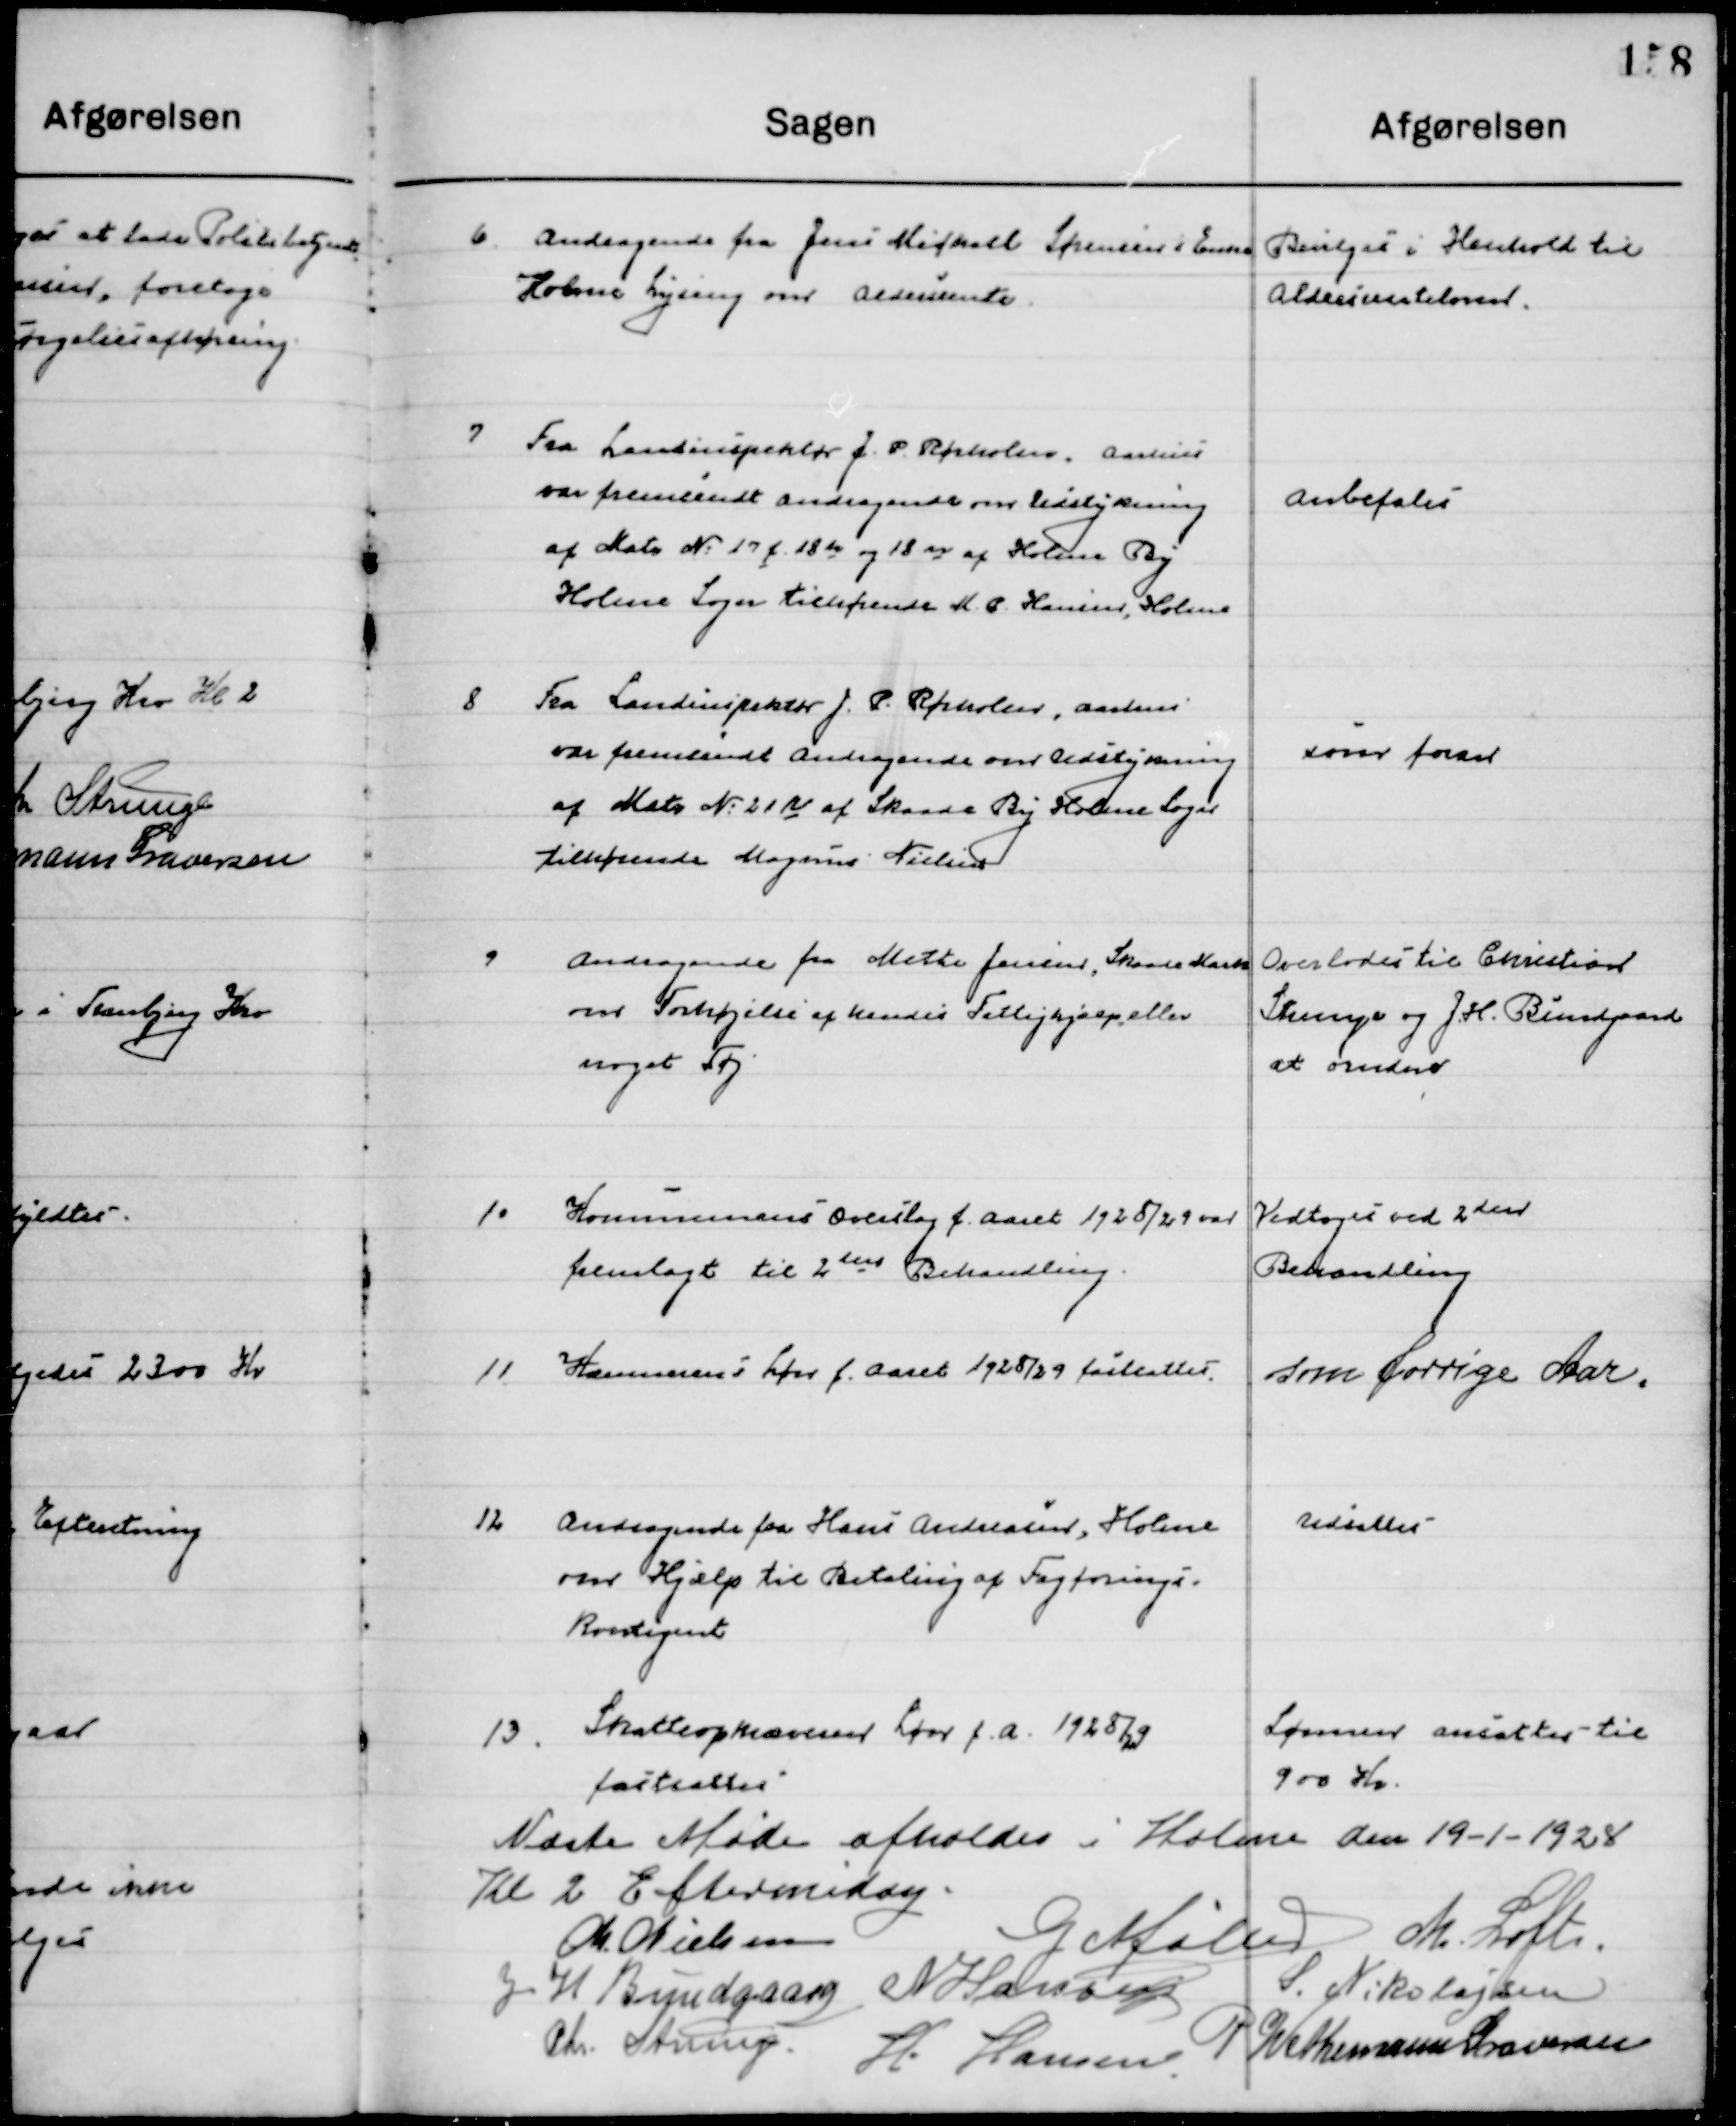
Transskription:
6

Andragende fra Jens Michael Sørensens Enke
Holme Lyseng om Aldersrente

Bevilgedes i Henhold til
Aldersrenteloven

7

Fra Landinspektør J. P. Rørholm, Aarhus
var fremsendt Andragende om Udstykning 
af Matr. Nr. 17 f. 18 de og 18 n af Holme By
Holme Sogn tilhørende M. P. Hansen, Holme

Anbefales

8

Fra Landinspektør J. P. Rørholm, Aarhus
var fremsendt Andragende om Udstykning 
af Matr. Nr. 21 IV af Skaade By Holme Sogn 
tilhørende Mogens Nielsen

Som foran

9

Andragende fra Mette Jensen, Skaade Mark
Om forhøjelse af hendes Fattighjælp eller
Noget Tøj.

Overlodes til Christian
Strunge og J. H. Bundgaard
at ordne

10

Kommunens overslag f. Aaret 1928/29 var
fremlagt til 2den Behandling

Vedtoges ved 2den
Behandling

11

Kommunens Løn f. Aaret 1928/29 fastsættes

som forrige Aar

12

Andragende fra Hans Andreasen, Holme
om Hjælp til Betaling for Fagforenings-
kontingent

Udsættes

13

Skatteopkræverens Løn f. a. 1928/29
fastsættes

Lønnen ansættes til
900 Kr.

Næste Møde afholdes i Holme den 19-1-1928 
Kl. 2 Eftermiddag.

M. Nielsen
G. Møller
M. Loft
J. H. Bundgaard
N. Hansen
S. Nikolajsen
Chr. Strunge
H. Hansen
P. Wethemann Graversen